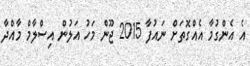
އެ އެންގުމާ އެއްގޮތަށް ނައުފާ 2015 ޖޫން މަހު އަލުން އިސްލާމް މާއްދާ